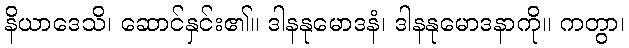
နိယာဒေသိ၊ ဆောင်နှင်း၏။ ဒါနနုမောဒနံ၊ ဒါနနုမောဒနာကို။ ကတွာ၊